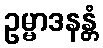
ဥမ္မာဒနန္တံ